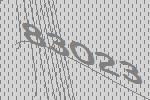
83023